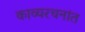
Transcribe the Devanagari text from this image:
काव्यरचनांत